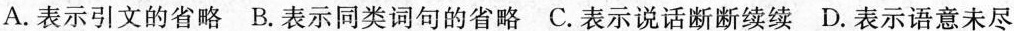
A.表示引文的省略B.表示同类词句的省略C.表示说话断断续续D.表示语意未尽